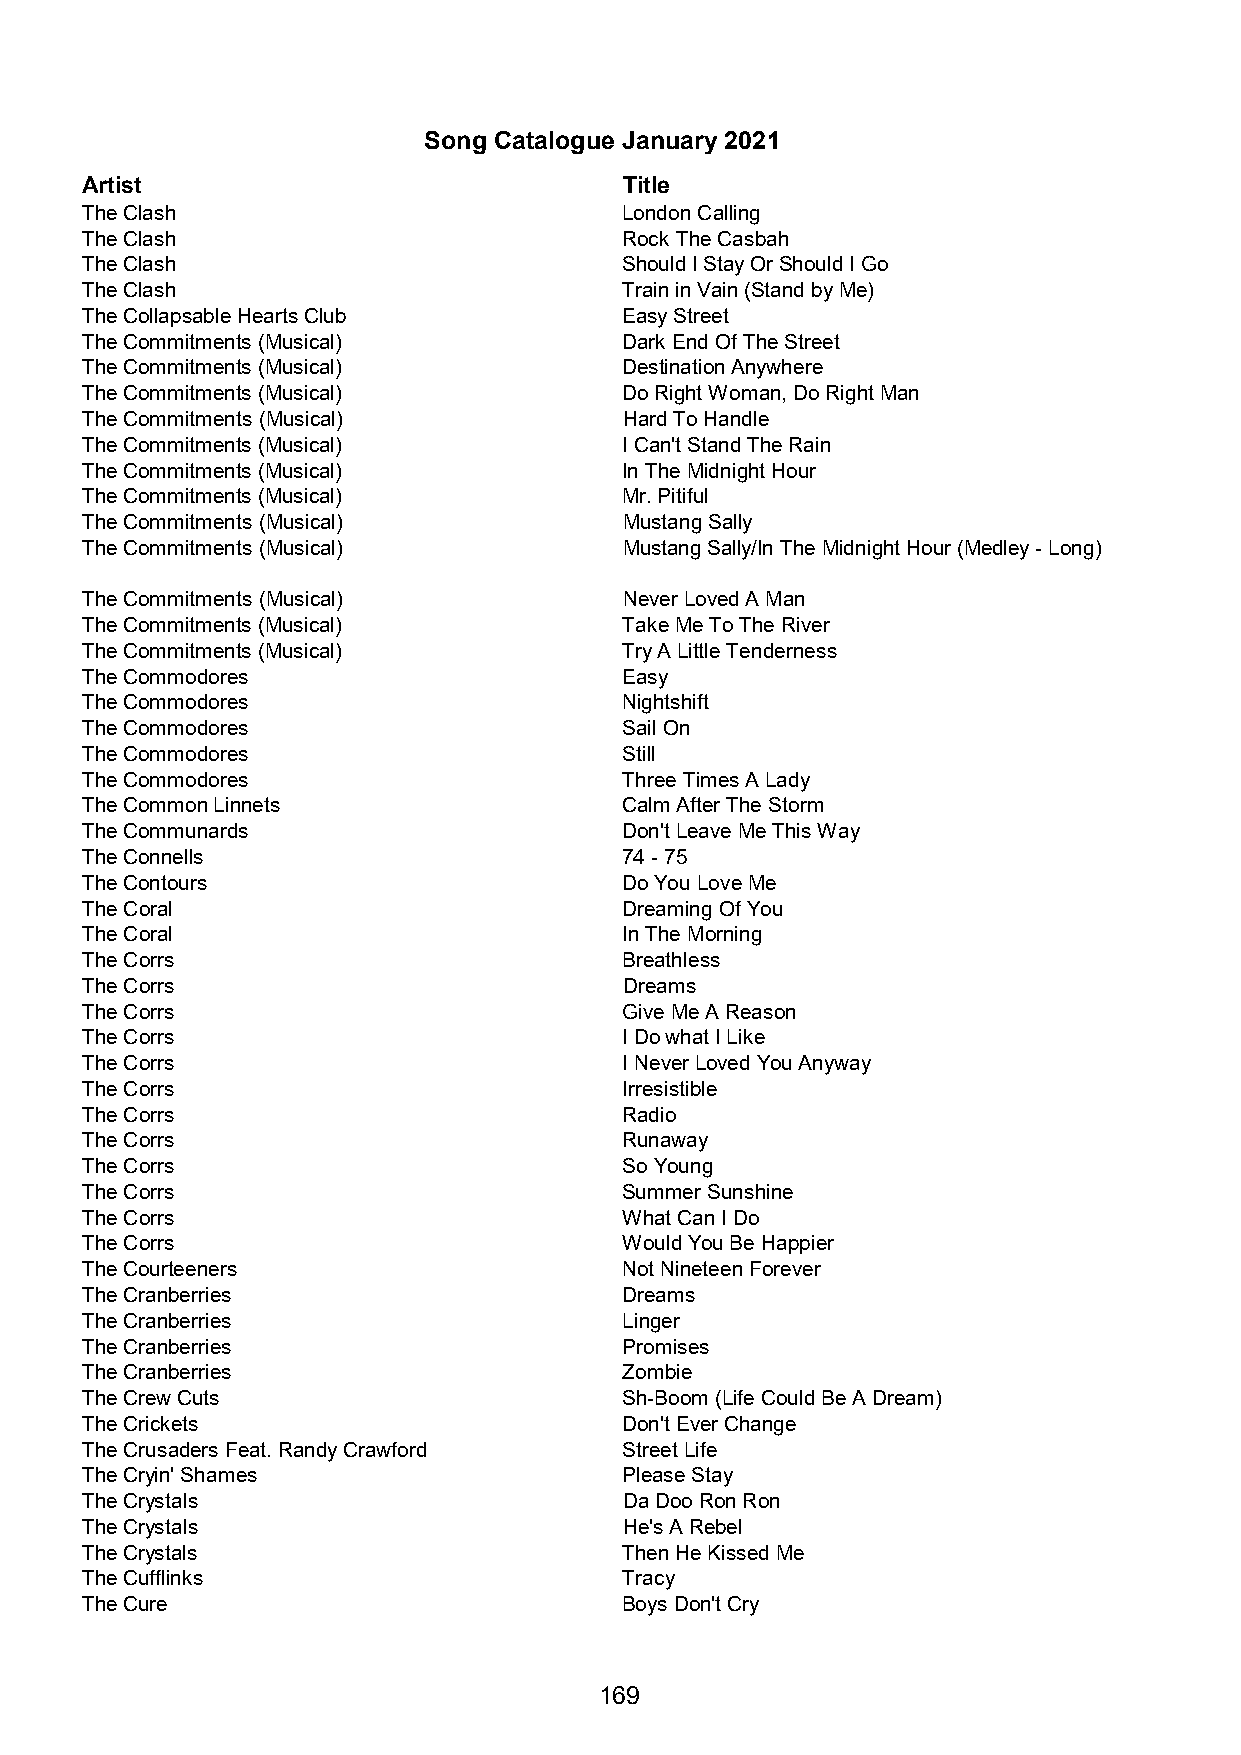
Song Catalogue January 2021
 Artist                              Title
 The Clash                           London Calling
 The Clash                           Rock The Casbah
 The Clash                           Should I Stay Or Should I Go
 The Clash                           Train in Vain (Stand by Me)
 The Collapsable Hearts Club         Easy Street
 The Commitments (Musical)           Dark End Of The Street
 The Commitments (Musical)           Destination Anywhere
 The Commitments (Musical)           Do Right Woman, Do Right Man
 The Commitments (Musical)           Hard To Handle
 The Commitments (Musical)           I Can't Stand The Rain
 The Commitments (Musical)           In The Midnight Hour
 The Commitments (Musical)           Mr. Pitiful
 The Commitments (Musical)           Mustang Sally
 The Commitments (Musical)           Mustang Sally/In The Midnight Hour (Medley - Long)
 The Commitments (Musical)           Never Loved A Man
 The Commitments (Musical)           Take Me To The River
 The Commitments (Musical)           Try A Little Tenderness
 The Commodores                      Easy
 The Commodores                      Nightshift
 The Commodores                      Sail On
 The Commodores                      Still
 The Commodores                      Three Times A Lady
 The Common Linnets                  Calm After The Storm
 The Communards                      Don't Leave Me This Way
 The Connells                        74 - 75
 The Contours                        Do You Love Me
 The Coral                           Dreaming Of You
 The Coral                           In The Morning
 The Corrs                           Breathless
 The Corrs                           Dreams
 The Corrs                           Give Me A Reason
 The Corrs                           I Do what I Like
 The Corrs                           I Never Loved You Anyway
 The Corrs                           Irresistible
 The Corrs                           Radio
 The Corrs                           Runaway
 The Corrs                           So Young
 The Corrs                           Summer Sunshine
 The Corrs                           What Can I Do
 The Corrs                           Would You Be Happier
 The Courteeners                     Not Nineteen Forever
 The Cranberries                     Dreams
 The Cranberries                     Linger
 The Cranberries                     Promises
 The Cranberries                     Zombie
 The Crew Cuts                       Sh-Boom (Life Could Be A Dream)
 The Crickets                        Don't Ever Change
 The Crusaders Feat. Randy Crawford  Street Life
 The Cryin' Shames                   Please Stay
 The Crystals                        Da Doo Ron Ron
 The Crystals                        He's A Rebel
 The Crystals                        Then He Kissed Me
 The Cufflinks                       Tracy
 The Cure                            Boys Don't Cry
 169